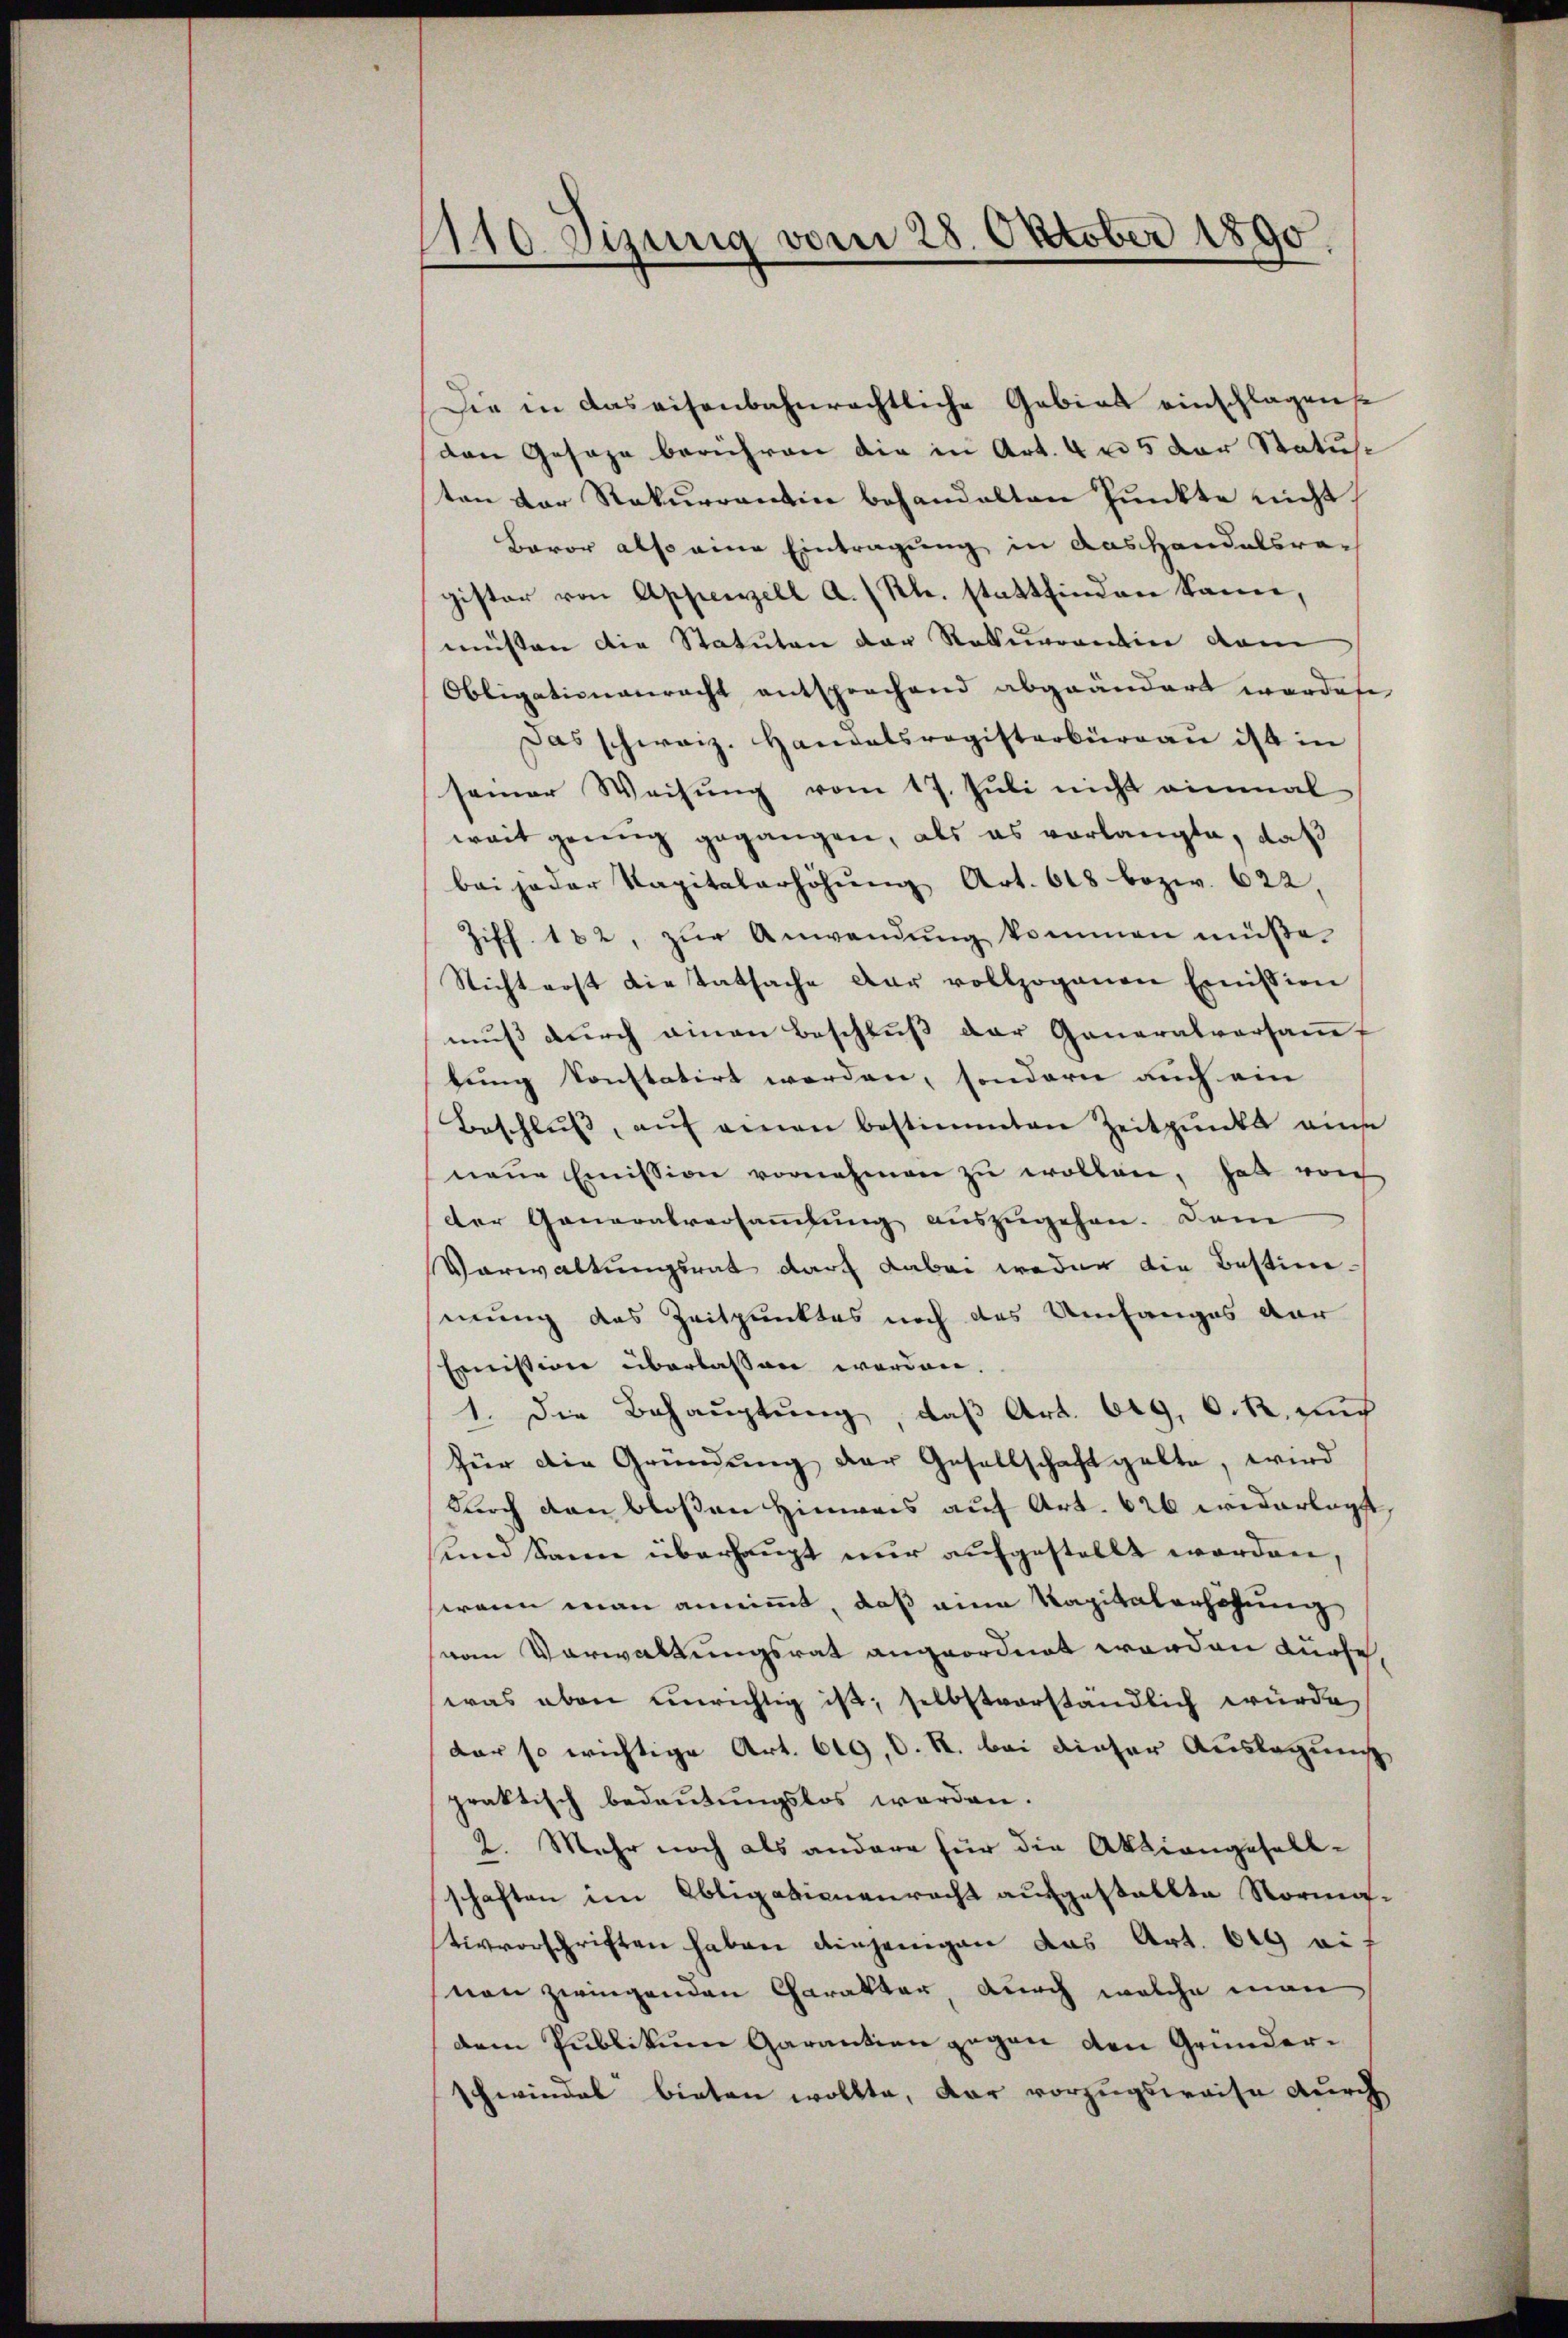
110 Sizung vom 28. Oktober 1890.

Die in das eisenbahnrechtliche Gebiet einschlagene
den Gesage berühren die in Art. 4 u. 5 der Status
ten der Rekurrentin behandelten Punkte nicht
Bavor also eine Eintragung in das Handelsrech
gister von Appenzell A.-Rh. stattfinden kann,
müssen die Statuten der Rekurrenten dem
Obligationenrecht entsprochend abgeändert wordete
Das schweiz. Handatsregisterbüreau ist in
samer Weisŭng vom 17. Jŭli nicht einmal
weit genug gegangen, als es vorlangte, daß
bei jeder Kapitalerhöhŭng Art. 618 bezw. 622,
Ziff. 182, zŭr Anwendŭng kommen müße.
Nicht erst die Tatsache der vollzogenen Emission
muß durch einen Beschluß der Generalversauf
lung konstatirt werden, sondern auch ein
Beschlŭβ, aŭf einen bestimmten Zeitpunkt aus
neue Emission vornehmen zu wollen, hat vorh
der Generalversammlung auszugehen. Dam
Verwaltungsrat darf dabei weder die Bestimmung des Zeitpunktes noch des Umfanges dar
Ernission überlassen werden.
1. Die Behauptung, daß Art. 649, C. R. auch
für die Gründung der Gesellschaft gelte, wird
durch den bloßen Hinweis auf Art. 626 widerlagst,
und Sann überhaupt nur aufgestellt worden,
wenn man annimmt, daß eine Kapitalerhöhung
vom Verwaltungsrat angeordnet worden dürfe,
was eben einrichtig ist; selbstverständlich würde
der so wichtige Art. 619, C. R. bei dieser Auslegung
praktisch bedeutungslos werden.
2. Mehr noch als andere für die Aktiengesellschaften im Obligationenrecht aufgestellte Normativvorschriften haben diejenigen das Art. 619 eivon zwingenden Charakter, durch welche man
dem Publikum Garantien gegen den Gründerschwindel bieten wollte, dar vorzugsweise durch